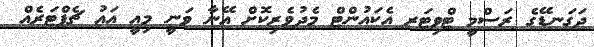
ދަގަނޑޭގެ ރަސްމީ ޓްވިޓަރ އެކައުންޓް މެދުވެރިކޮށް އޭނާ ވަނީ މިއީ އައު ޗެޕްޓަރެއް